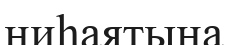
ниһаятына